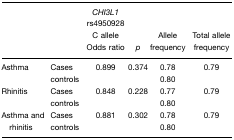
<table><thead><tr><td></td><td></td><td><b><i>CHI3L1</i>rs4950928 C alleleOdds ratio</b></td><td><b><i>p</i></b></td><td><b>Allele frequency</b></td><td><b>Total allele frequency</b></td></tr></thead><tbody><tr><td>Asthma</td><td>Cases</td><td>0.899</td><td>0.374</td><td>0.78</td><td>0.79</td></tr><tr><td></td><td>controls</td><td></td><td></td><td>0.80</td><td></td></tr><tr><td>Rhinitis</td><td>Cases</td><td>0.848</td><td>0.228</td><td>0.77</td><td>0.79</td></tr><tr><td></td><td>controls</td><td></td><td></td><td>0.80</td><td></td></tr><tr><td>Asthma and</td><td>Cases</td><td>0.881</td><td>0.302</td><td>0.78</td><td>0.79</td></tr><tr><td> rhinitis</td><td>controls</td><td></td><td></td><td>0.80</td><td></td></tr></tbody></table>